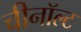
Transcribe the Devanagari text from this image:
चीनॉल्ट